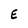
Character: E